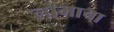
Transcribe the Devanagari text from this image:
लोभाचा